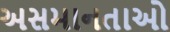
અસમાનતાઓ